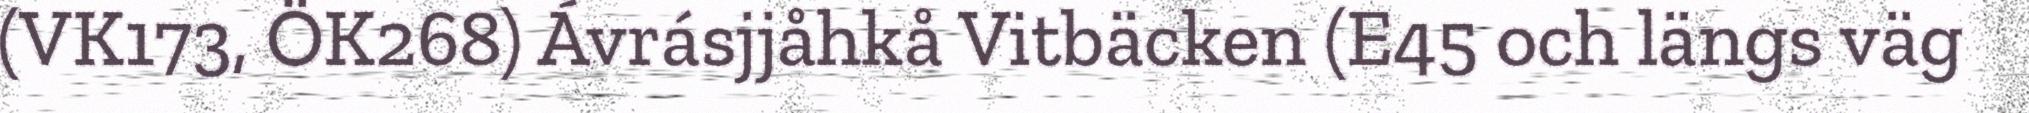
(VK173, ÖK268) Ávrásjjåhkå Vitbäcken (E45 och längs väg